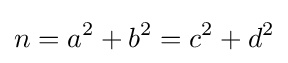
n=a^{2}+b^{2}=c^{2}+d^{2}